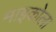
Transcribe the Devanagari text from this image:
माइकोला